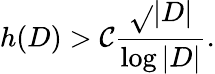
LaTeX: h(D)>\mathcal{C}{\frac{{\sqrt{}{{|D|}}}}{{\log|D|}}}.